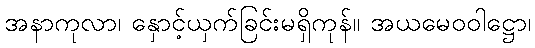
အနာကုလာ၊ နှောင့်ယှက်ခြင်းမရှိကုန်။ အယမေဝဝါဋ္ဌော၊